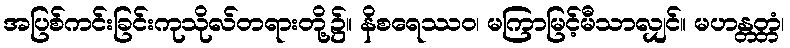
အပြစ်ကင်းခြင်းကုသိုလ်တရားတို့၌။ နိစရေဿဝ၊ မကြာမြင့်မီသာလျှင်။ မဟန္တတ္တံ၊